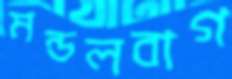
মন্ডলবাগ